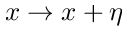
x \rightarrow x + \eta